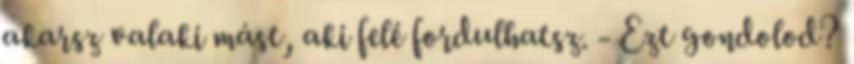
akarsz valaki mást, aki felé fordulhatsz. - Ezt gondolod?